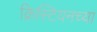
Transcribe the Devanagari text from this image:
क्रिस्टियनच्या